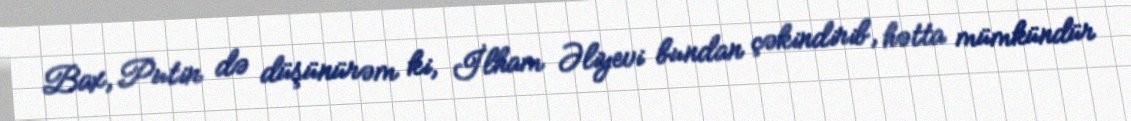
Bax, Putin də düşünürəm ki, İlham Əliyevi bundan çəkindirib, hətta mümkündür